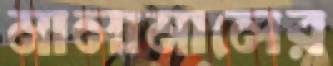
মালামালের